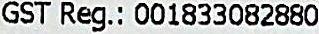
GST REG.: 001833082880